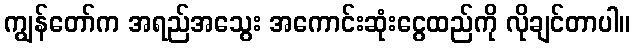
ကျွန်တော်က အရည်အသွေး အကောင်းဆုံးငွေထည်ကို လိုချင်တာပါ။